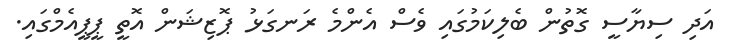
އަދި ސިޔާސީ ގޮތުން ބެލިކަމުގައި ވެސް އެންމެ ރަނގަޅު ޕޮޒިޝަން އޮތީ ޕީޕީއެމްގައި.